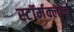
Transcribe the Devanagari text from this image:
स्टॉर्मक्लोक